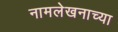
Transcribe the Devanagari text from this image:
नामलेखनाच्या